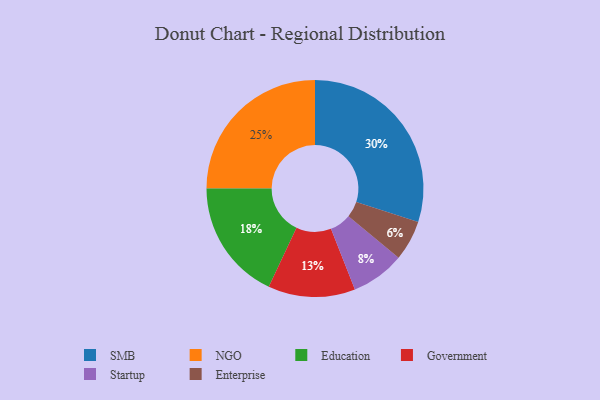
{"axis": {"x": "Category", "y": "Percentage"}, "legend": ["Education", "Enterprise", "Government", "NGO", "SMB", "Startup"], "data": [{"x": "SMB", "y": 30, "type": "SMB"}, {"x": "NGO", "y": 25, "type": "NGO"}, {"x": "Startup", "y": 8, "type": "Startup"}, {"x": "Education", "y": 18, "type": "Education"}, {"x": "Government", "y": 13, "type": "Government"}, {"x": "Enterprise", "y": 6, "type": "Enterprise"}]}